Annual report of the Punjab Veterinary College and of the Civil Veterinary Department, Punjab - 1920-1925
Year: 1920
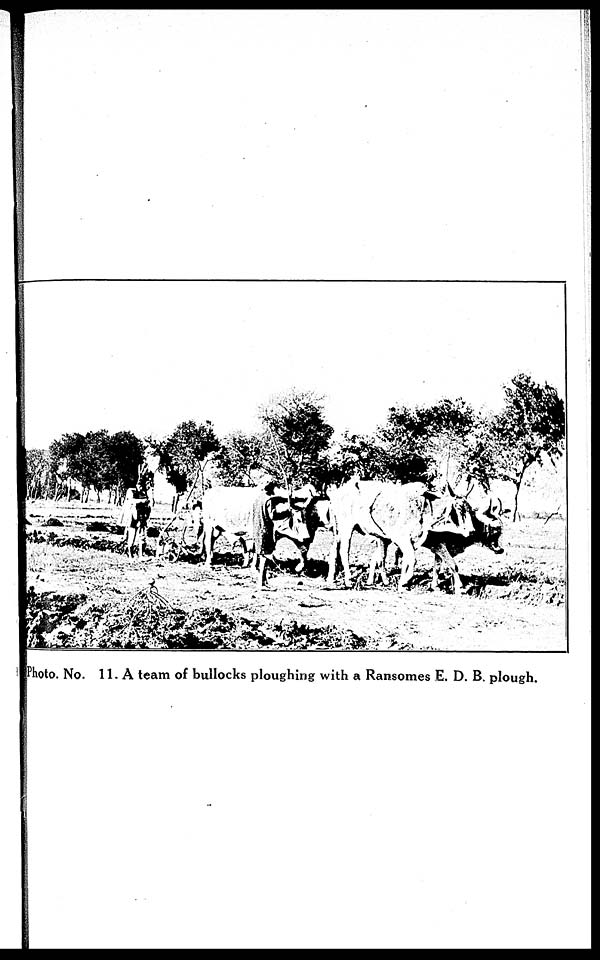
Photo. No. 11. A team of bullocks ploughing with a Ransomes E. D. B. plough.